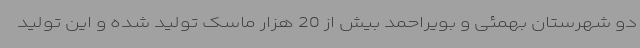
دو شهرستان بهمئی و بویراحمد بیش از 20 هزار ماسک تولید شده و این تولید